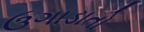
ઉગાડાતો